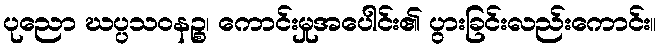
ပုညော ဃပ္ပသဝနဉ္စ၊ ကောင်းမှုအပေါင်း၏ ပွားခြင်းလည်းကောင်း။